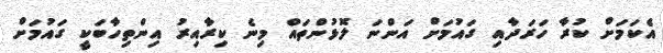
އެކަމަށް ކުރާ ހަރަދާއި ގައުމަށް އަންނަ ލޮޅުންތައް މިނެ ކިރާއިރު އިންތިހާބަކީ ގައުމަށް